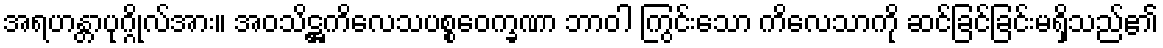
အရဟန္တာပုဂ္ဂိုလ်အား။ အဝသိဋ္ဌကိလေသပစ္စဝေက္ခဏာ ဘာဝါ ကြွင်းသော ကိလေသာကို ဆင်ခြင်ခြင်းမရှိသည်၏